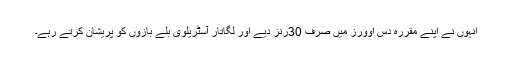
انہوں نے اپنے مقررہ دس اوورز میں صرف 30رنز دیے اور لگاتار آسٹریلوی بلے بازوں کو پریشان کرتے رہے۔